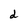
Character: d